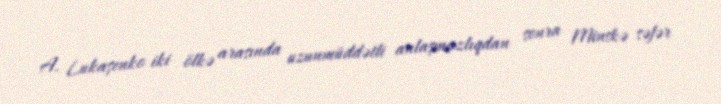
A. Lukaşenko iki ölkə arasında uzunmüddətli anlaşmazlıqdan sonra Minskə səfər